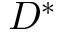
D ^ { * }